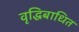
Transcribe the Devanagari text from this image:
वृद्धिबाधित